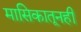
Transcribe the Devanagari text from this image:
मासिकातूनही